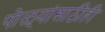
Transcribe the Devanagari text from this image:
पोळ्यांसाठीही